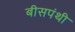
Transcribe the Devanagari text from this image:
बीसपंथी